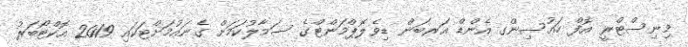
މިނިސްޓްރީ އޮފް ހައުސިންގ އެންޑް އަރބަން ޑިވެލޮޕްމަންޓްގެ ސަމާލުކަމަށް ގެނައުމަށްޓަކައި 2019 އޮކްޓޯބަރު